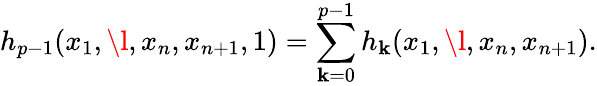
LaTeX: h_{p-1}(x_{1},\l,x_{n},x_{n+1},1)=\sum_{\mathbf{k}=0}^{p-1}h_{\mathbf{k}}(x_{1},\l,x_{n},x_{n+1}).